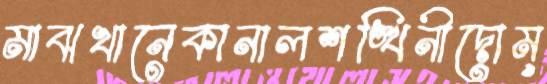
মাঝখানেকানালশঙ্খিনীদোম্